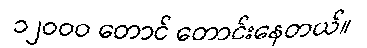
၁၂ဝဝဝ တောင် တောင်းနေတယ်။